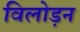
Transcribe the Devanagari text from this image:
विलोड़न